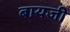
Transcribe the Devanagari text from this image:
बायजी